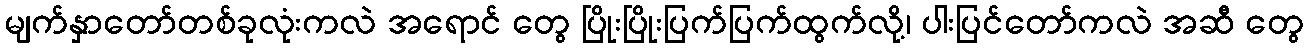
မျက်နှာတော်တစ်ခုလုံးကလဲ အရောင် တွေ ပြိုးပြိုးပြက်ပြက်ထွက်လို့၊ ပါးပြင်တော်ကလဲ အဆီ တွေ